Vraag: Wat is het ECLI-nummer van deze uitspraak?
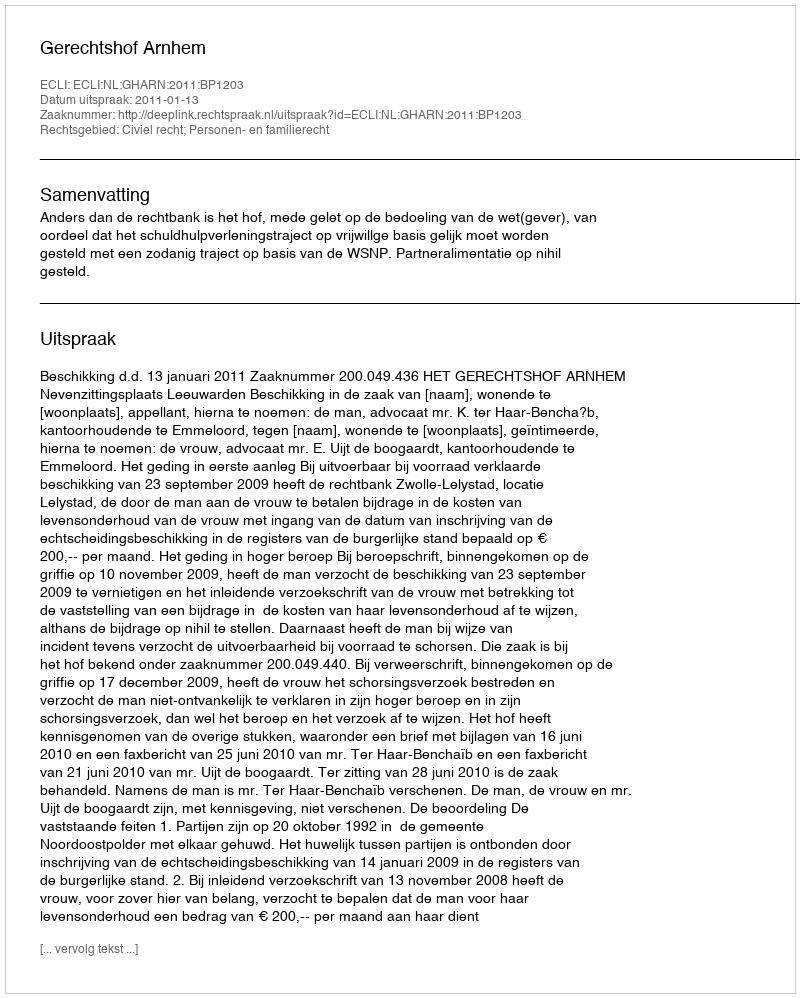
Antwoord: ECLI:NL:GHARN:2011:BP1203